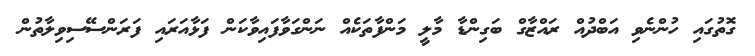
ގޮތުގައި ހުންނެވި އަބްދުއް ރައްޒާގް ބަގިންޑާ މާލީ މަންފާތަކެއް ނަންގަވާފައިވާކަން ފަޅާއަރައި ފަރަންސޭސިވިލާތުން